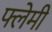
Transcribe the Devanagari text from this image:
फ्लेमी